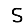
Digit: 5